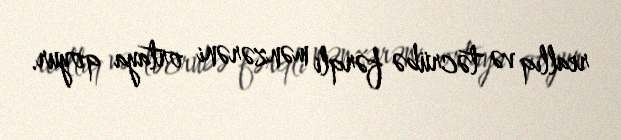
reallıq və təcrübə fərqli mənzərəni ortaya qoyur.